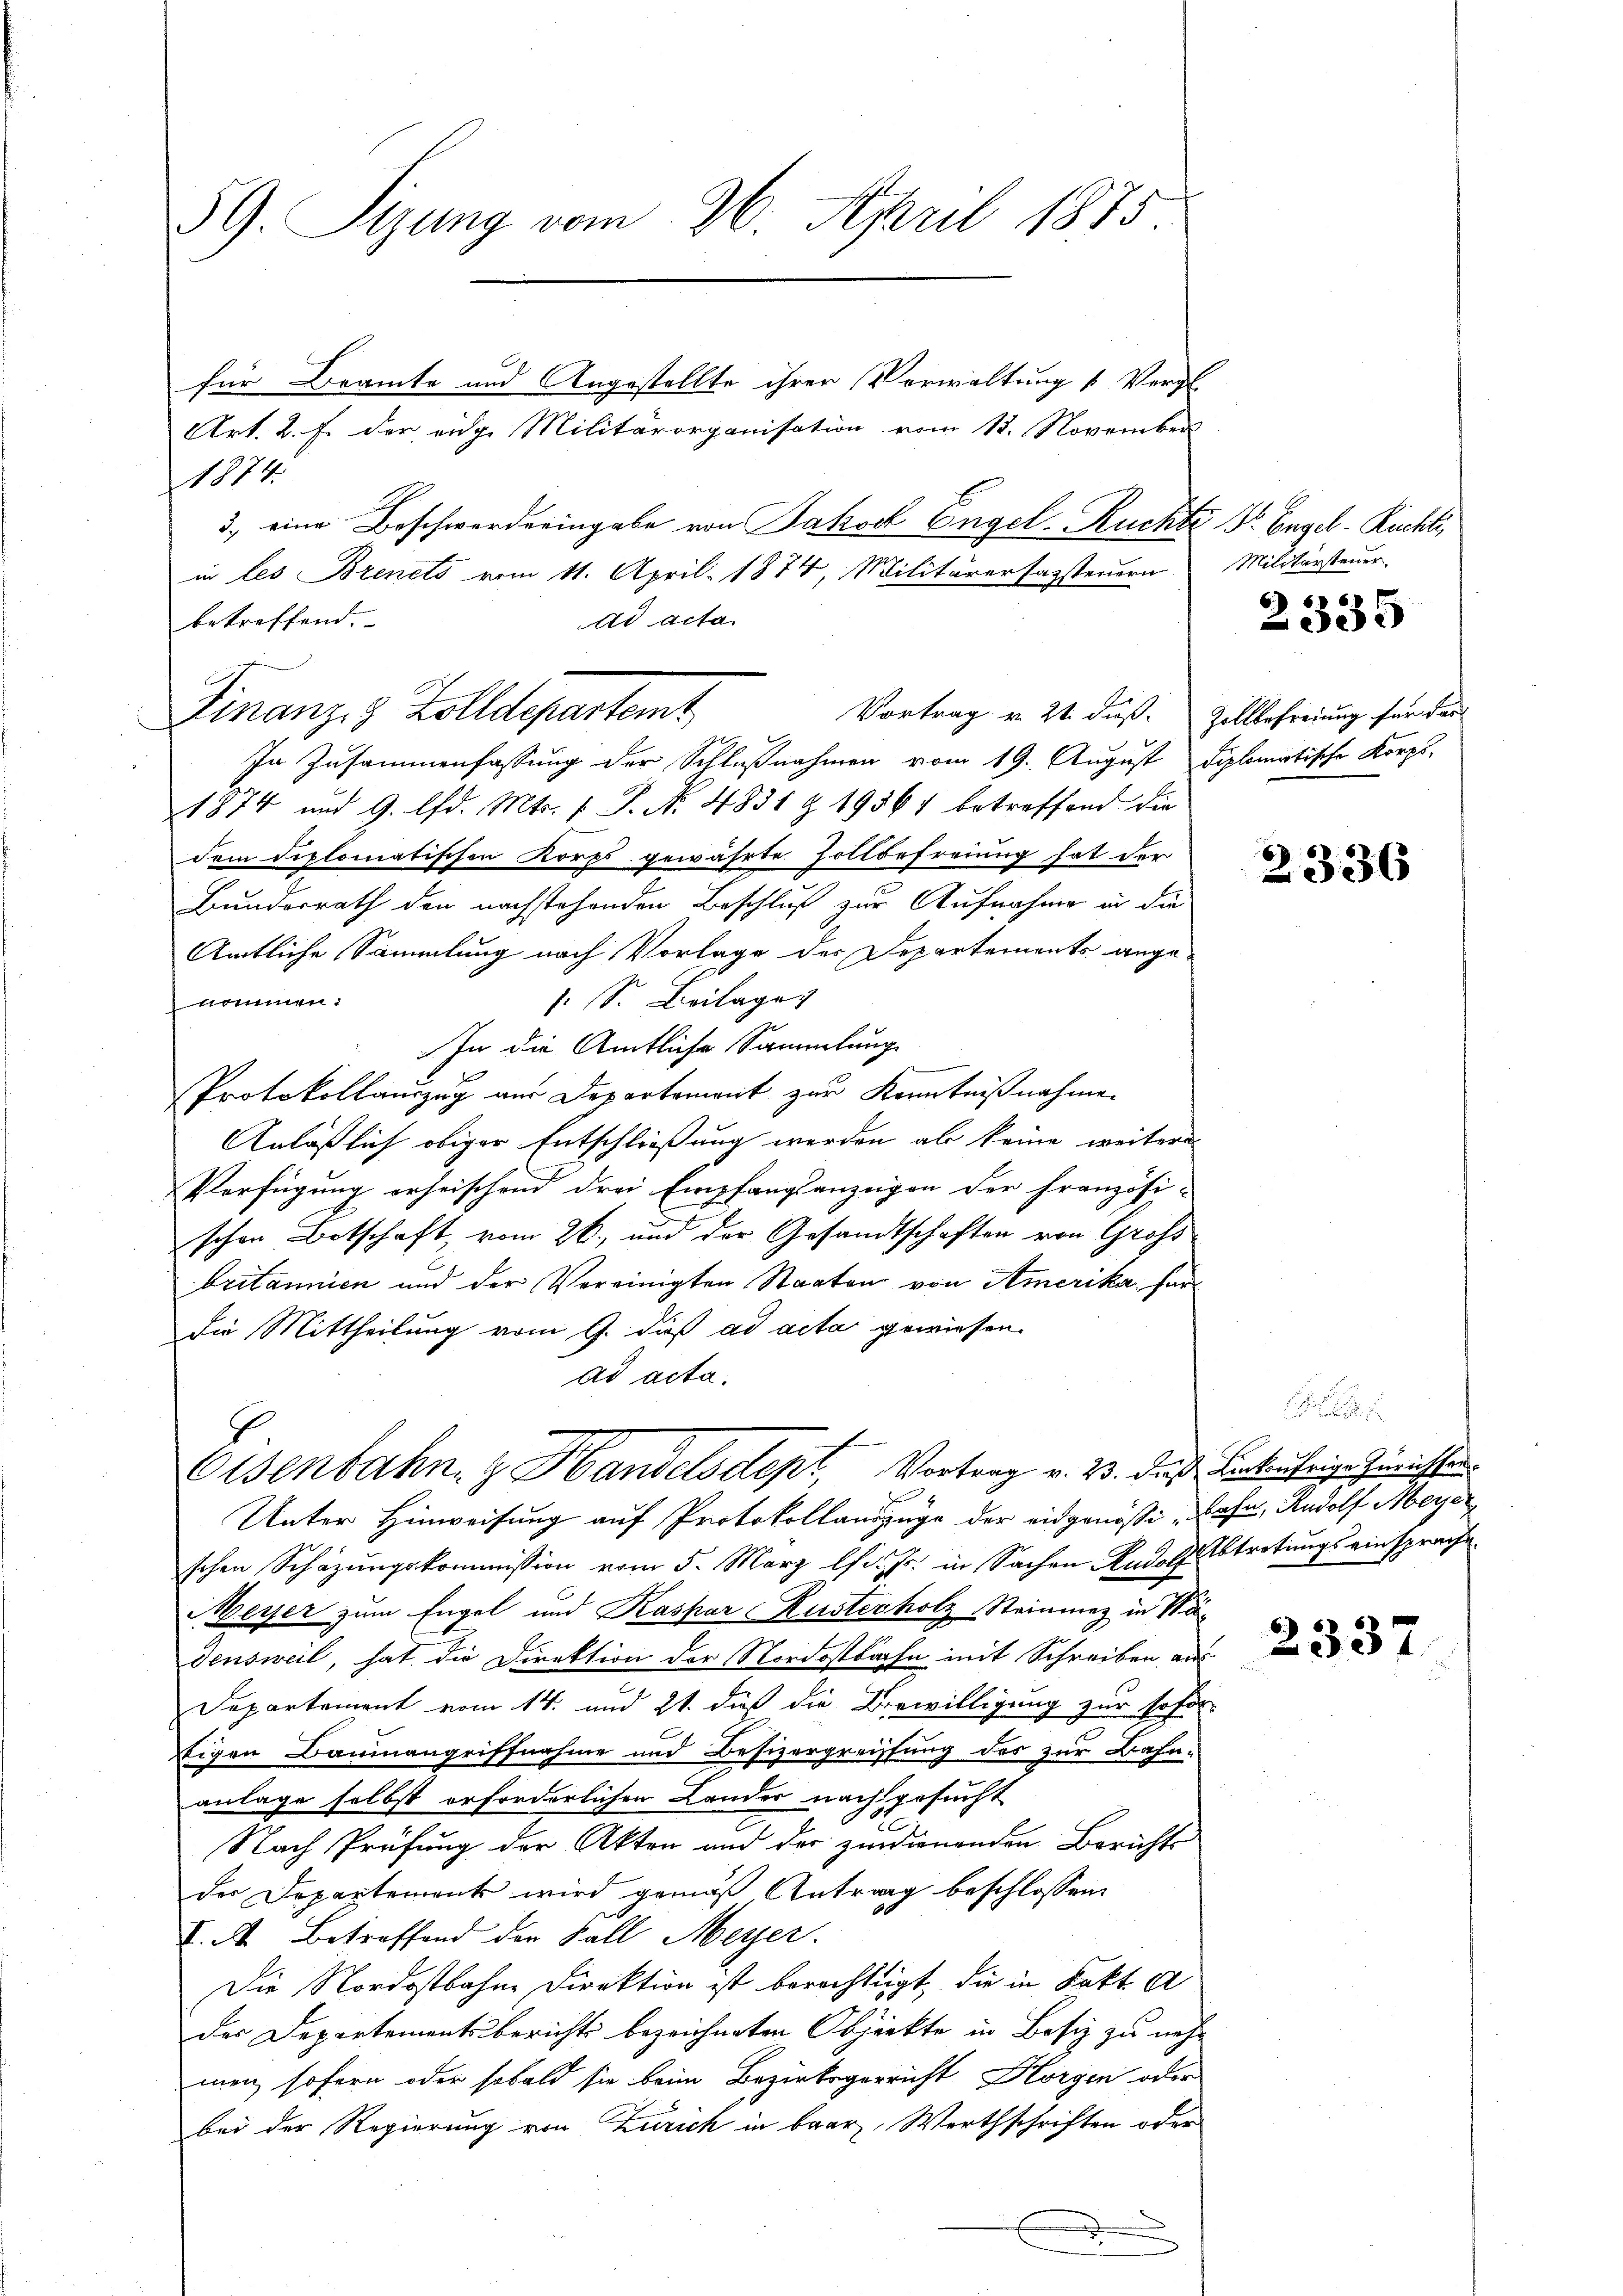
59. Sizung vom 26. April 1875.

Art. 2. F. der eidge Militärorganisation vom 13. November
1874.
3) eine Beschwerderingabe von Jakob Engel- Ruchte Dr. Engel-Rüchti
Vortrag v. 21. daß. Zollbefreiung für das
In Zusammenfassung der Schlußnahmen vom 19. August diplomatische Korps,
1874 und 9. lfd. Mts. 1 S. N. 4831 & 19567 betreffend die
dem diplomatischen Korps gewährte Zollbefreiung hat der
Bunderrath den nachstehenden Beschluß zur Aufnahme in die
Amtliche Sammlung nach Vorlage des Departements anges. S. Beilage
nommen.
In die Amtliche Sammlung
.
Protokollauszug aus Departement zur Kenntnißnahmen
Anläßlich obiger Entschließung werden als keine weiteres
Verfügung erheischend drei Empfangsanzeigen der Französi-
schon Botschaft, vom 26. und der Gesandtschaften von Großbritannien und der Vereinigten Staaten von Amerika für
die Mittheilung vom 9. daß ad acta gewiesen.
ad acta.
Osenbahn & Handelsdept, Vortrag v. 23. daß Bekährige Zürichten.
Unter Hinweisung auf Protokollauszuge der eidgenössig Jahn, Rudolf Meyer
schen Schäzŭngskommission vom 5. März lfd. Js. in Sachen Rudolf Abtretungs einsprache
Meyer zum Engel und Kaspar Kusterholz Steinmez in Wädensweil, hat die Direktion der Nordostbahn mit Schreiben aus
.
Departement vom 14. und 21. dieß die Bewilligung zur sofor
Eigen Baumangriffnahme und Besizergreiffung des zur Bahn-
anlage selbst erforderlichen Lander nachgesucht
Nach Prüfung der Akten und der zudienenden Bericht
der Departement wird gemäß Antrag beschlossen.
V. A. Betreffend der Fall Meyer.
Die Nordostbahne Direktion ist berechtigt, die in Fakt. A
der Departementsbericht bezeichneten Objekte in Besiz zu nehmen, sofern oder sobald sie beim Bezirksgerricht Horgen oder
bei der Regierung von Zürich in baar Werthschriften oder

für Beamte und Angestellte ihrer Verwaltung u Vergl

in les Brenets vom 11. April 1874, Militärerfassteuern
ad acta.
betreffend.
Finanze Zolldepartemt

Militarsteuer

2335

2336

2337